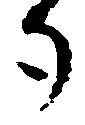
勺